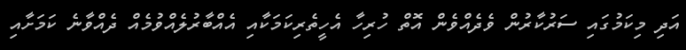
އަދި މިކަމުގައި ސަރުކާރުން ވެދެއްވެން އޮތް ހުރިހާ އެހީތެރިކަމަކާއި އެއްބާރުލެއްވުމެއް ދެއްވާނެ ކަމަށާއި